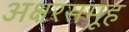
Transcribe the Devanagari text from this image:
अक्षरसमूह